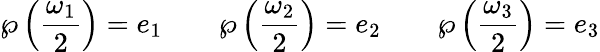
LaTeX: \wp\left({\frac{\omega_{1}}{2}}\right)=e_{1}\qquad\wp\left({\frac{\omega_{2}}{2}}\right)=e_{2}\qquad\wp\left({\frac{\omega_{3}}{2}}\right)=e_{3}